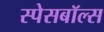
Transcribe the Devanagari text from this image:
स्पेसबॉल्स